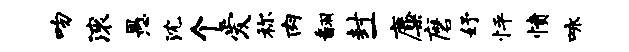
吻滚愚沈个爱称肉翻封一麋磨妤怦愤咏